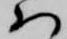
ハ